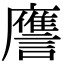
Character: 譍